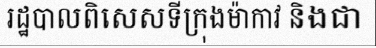
រដ្ឋបាលពិសេសទីក្រុងម៉ាកាវ និងជា